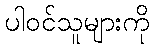
ပါဝင်သူများကို